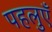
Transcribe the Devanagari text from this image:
पहलुएँ